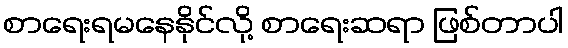
စာရေးရမနေနိုင်လို့ စာရေးဆရာ ဖြစ်တာပါ